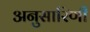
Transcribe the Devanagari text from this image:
अनुसारिणी